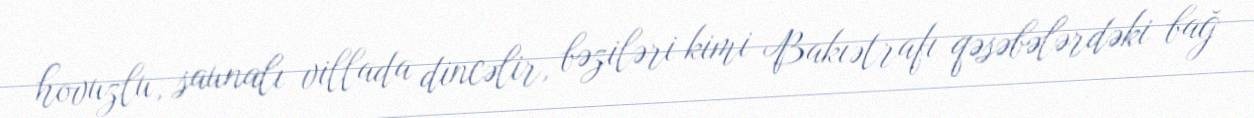
hovuzlu, saunalı villada dincəlir, bəziləri kimi Bakıətrafı qəsəbələrdəki bağ